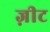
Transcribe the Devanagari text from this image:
ज़ीट